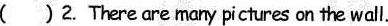
( ) 2. There are many pictures on the wall.